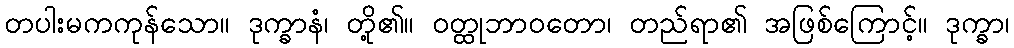
တပါးမကကုန်သော။ ဒုက္ခာနံ၊ တို့၏။ ဝတ္ထုဘာဝတော၊ တည်ရာ၏ အဖြစ်ကြောင့်။ ဒုက္ခာ၊